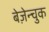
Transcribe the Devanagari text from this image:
बेज़ेन्चुक